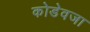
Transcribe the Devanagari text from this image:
कोडेवजा